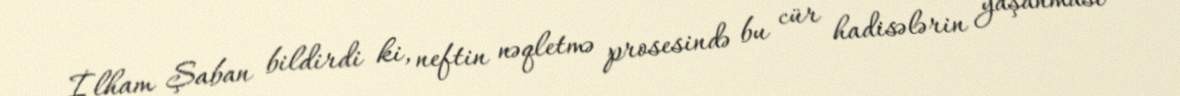
İlham Şaban bildirdi ki, neftin nəqletmə prosesində bu cür hadisələrin yaşanması